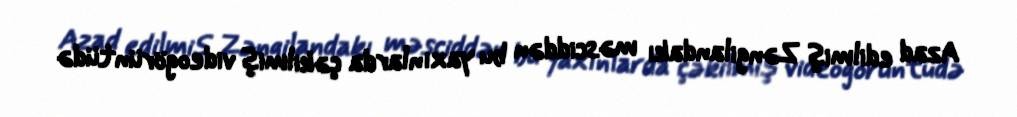
Azad edilmiş Zəngilandakı məsciddən bu yaxınlarda çəkilmiş videogörüntüdə